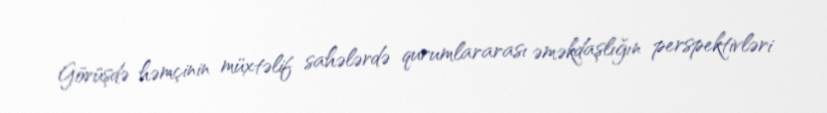
Görüşdə həmçinin müxtəlif sahələrdə qurumlararası əməkdaşlığın perspektivləri